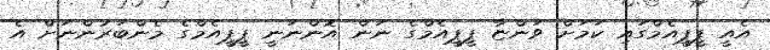
އެއީ ޕީޕީއެމްގައި ކަމަށް ވަންޏާ ޕީޕީއެމްގެ ނަން އޮންނަނީ ޕީޕީއެމްގެ މެންބަރުންނަށް އެ